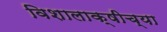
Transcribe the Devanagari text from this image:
विशालाक्षीच्या